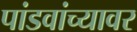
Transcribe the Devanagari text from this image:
पांडवांच्यावर